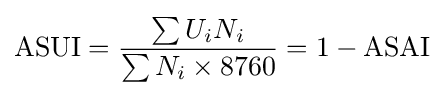
{\mbox{ASUI}}={\frac {\sum {U_{i}N_{i}}}{\sum {N_{i}}\times 8760}}=1-{\mbox{ASAI}}